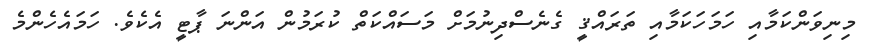
މިނިވަންކަމާއި ހަމަހަކަމާއި ތަރައްޤީ ގެނެސްދިނުމަށް މަސައްކަތް ކުރަމުން އަންނަ ޕާޓީ އެކެވެ. ހަމައެހެންމެ